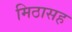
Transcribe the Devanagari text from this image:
मिठासह